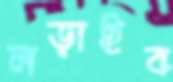
লড়াইব